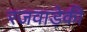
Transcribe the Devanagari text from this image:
रजवाड़ेकी